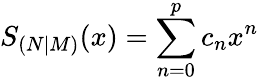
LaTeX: S_{(N|M)}(x)=\sum_{n=0}^{p}c_{n}x^{n}